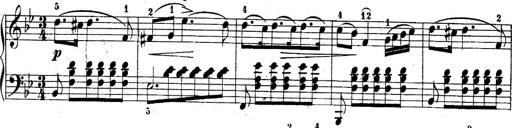
Title: 10 Sonatines progressives
Composer: Anton Schmoll